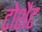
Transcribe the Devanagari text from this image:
टोशेंट